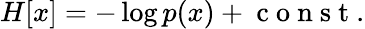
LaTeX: \begin{array}{r}{H[x]=-\log p(x)+\mathrm{~c~o~n~s~t~}.}\end{array}